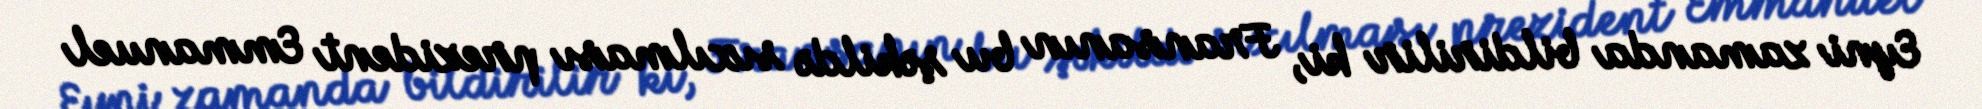
Eyni zamanda bildirilir ki, Fransanın bu şəkildə sıxılması prezident Emmanuel